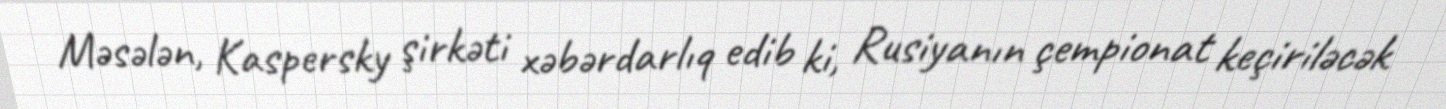
Məsələn, Kaspersky şirkəti xəbərdarlıq edib ki, Rusiyanın çempionat keçiriləcək